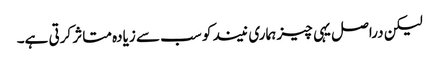
لیکن دراصل یہی چیز ہماری نیند کو سب سے زیادہ متاثر کرتی ہے۔